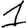
Digit: 1